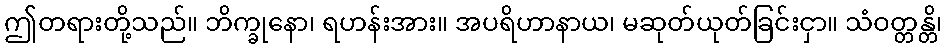
ဤတရားတို့သည်။ ဘိက္ခုနော၊ ရဟန်းအား။ အပရိဟာနာယ၊ မဆုတ်ယုတ်ခြင်းငှာ။ သံဝတ္တန္တိ၊